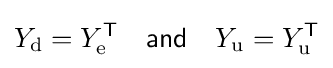
Y_{\mathrm {d} }=Y_{\mathrm {e} }^{\mathsf {T}}\quad {\mathsf {and}}\quad Y_{\mathrm {u} }=Y_{\mathrm {u} }^{\mathsf {T}}